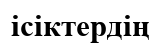
ісіктердің